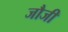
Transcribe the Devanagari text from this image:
जौजी